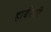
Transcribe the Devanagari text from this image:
हार्बरची